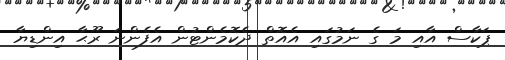
ޕަކާސް އާއި މަ ގެ ނަމުގައި އެއޮތް ދެކޮމެންޓުން އެފެންނަ ރޫޙާ އިންޑިޔާ